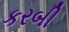
કરબી